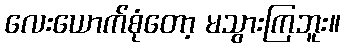
လေးယောက်စုံတော့ မသွားကြဘူး။